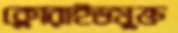
ক্লোরাইডযুক্ত